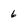
Character: 6